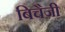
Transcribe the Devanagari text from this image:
बिचैजी